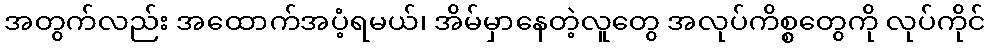
အတွက်လည်း အထောက်အပံ့ရမယ်၊ အိမ်မှာနေတဲ့လူတွေ အလုပ်ကိစ္စတွေကို လုပ်ကိုင်